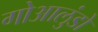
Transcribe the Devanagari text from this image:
गोआलुंडो